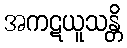
အကဋယူသန္တိ